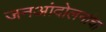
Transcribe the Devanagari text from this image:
जनआंदोलनांचा